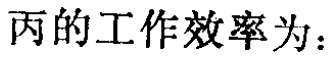
丙的工作效率为：